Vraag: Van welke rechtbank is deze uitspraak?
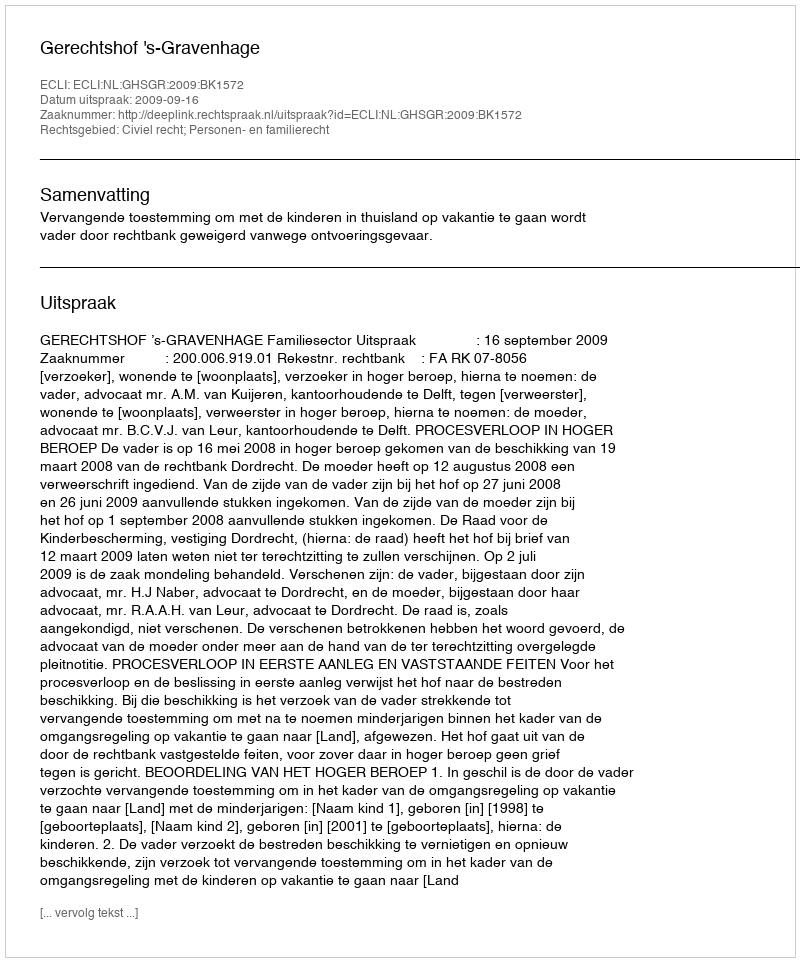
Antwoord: Gerechtshof 's-Gravenhage